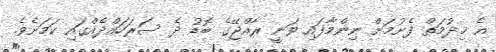
އެ ޚިދުމަތް ފެށުމަށް ނިންމާފައި ވަނީ ރާއްޖޭގެ ބޮޑު ދެ ސަރަހައްދެއްގައި ކަމަށެވެ.